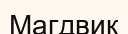
Магдвик